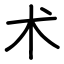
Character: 术